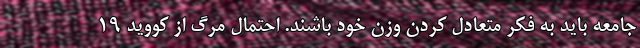
جامعه باید به فکر متعادل کردن وزن خود باشند. احتمال مرگ از کووید ۱۹